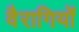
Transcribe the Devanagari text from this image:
वैरागियों